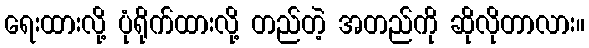
ရေးထားလို့ ပုံရိုက်ထားလို့ တည်တဲ့ အတည်ကို ဆိုလိုတာလား။